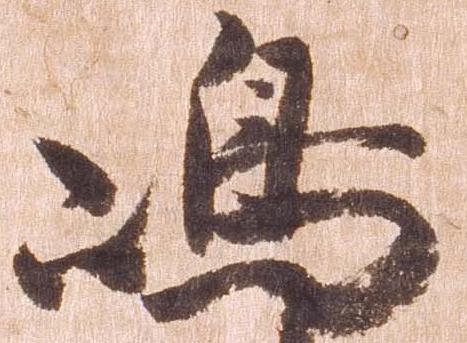
島